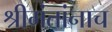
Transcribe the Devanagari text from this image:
श्रीमंतांनाच